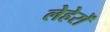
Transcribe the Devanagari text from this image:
लेहेरों